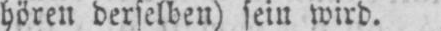
hören derselben) sein wird.